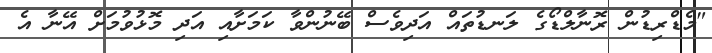
"މެޑްރިޑުން ރޮނާލްޑޯގެ ލަނޑުތައް އަދިވެސް ބޭނުންވާ ކަމަށާއި އަދި މޮޅުވުމަށް އޭނާ އެ